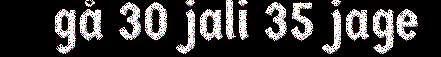
gå 30 jali 35 jage